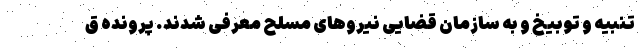
تنبیه و توبیخ و به سازمان قضایی نیروهای مسلح معرفی شدند. پرونده ق